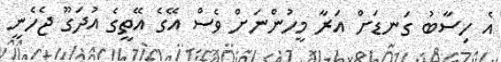
އެ ހިސާބު ގަނޑަށް އަރާ މީހުންނަށް ވެސް އޭގެ އޭތީގެ އުދަގޫ ޖެހެނީ